FBI Photo B1
Agency: FBI
Incident date: Late 2025
Incident location: Western United States
Page 1
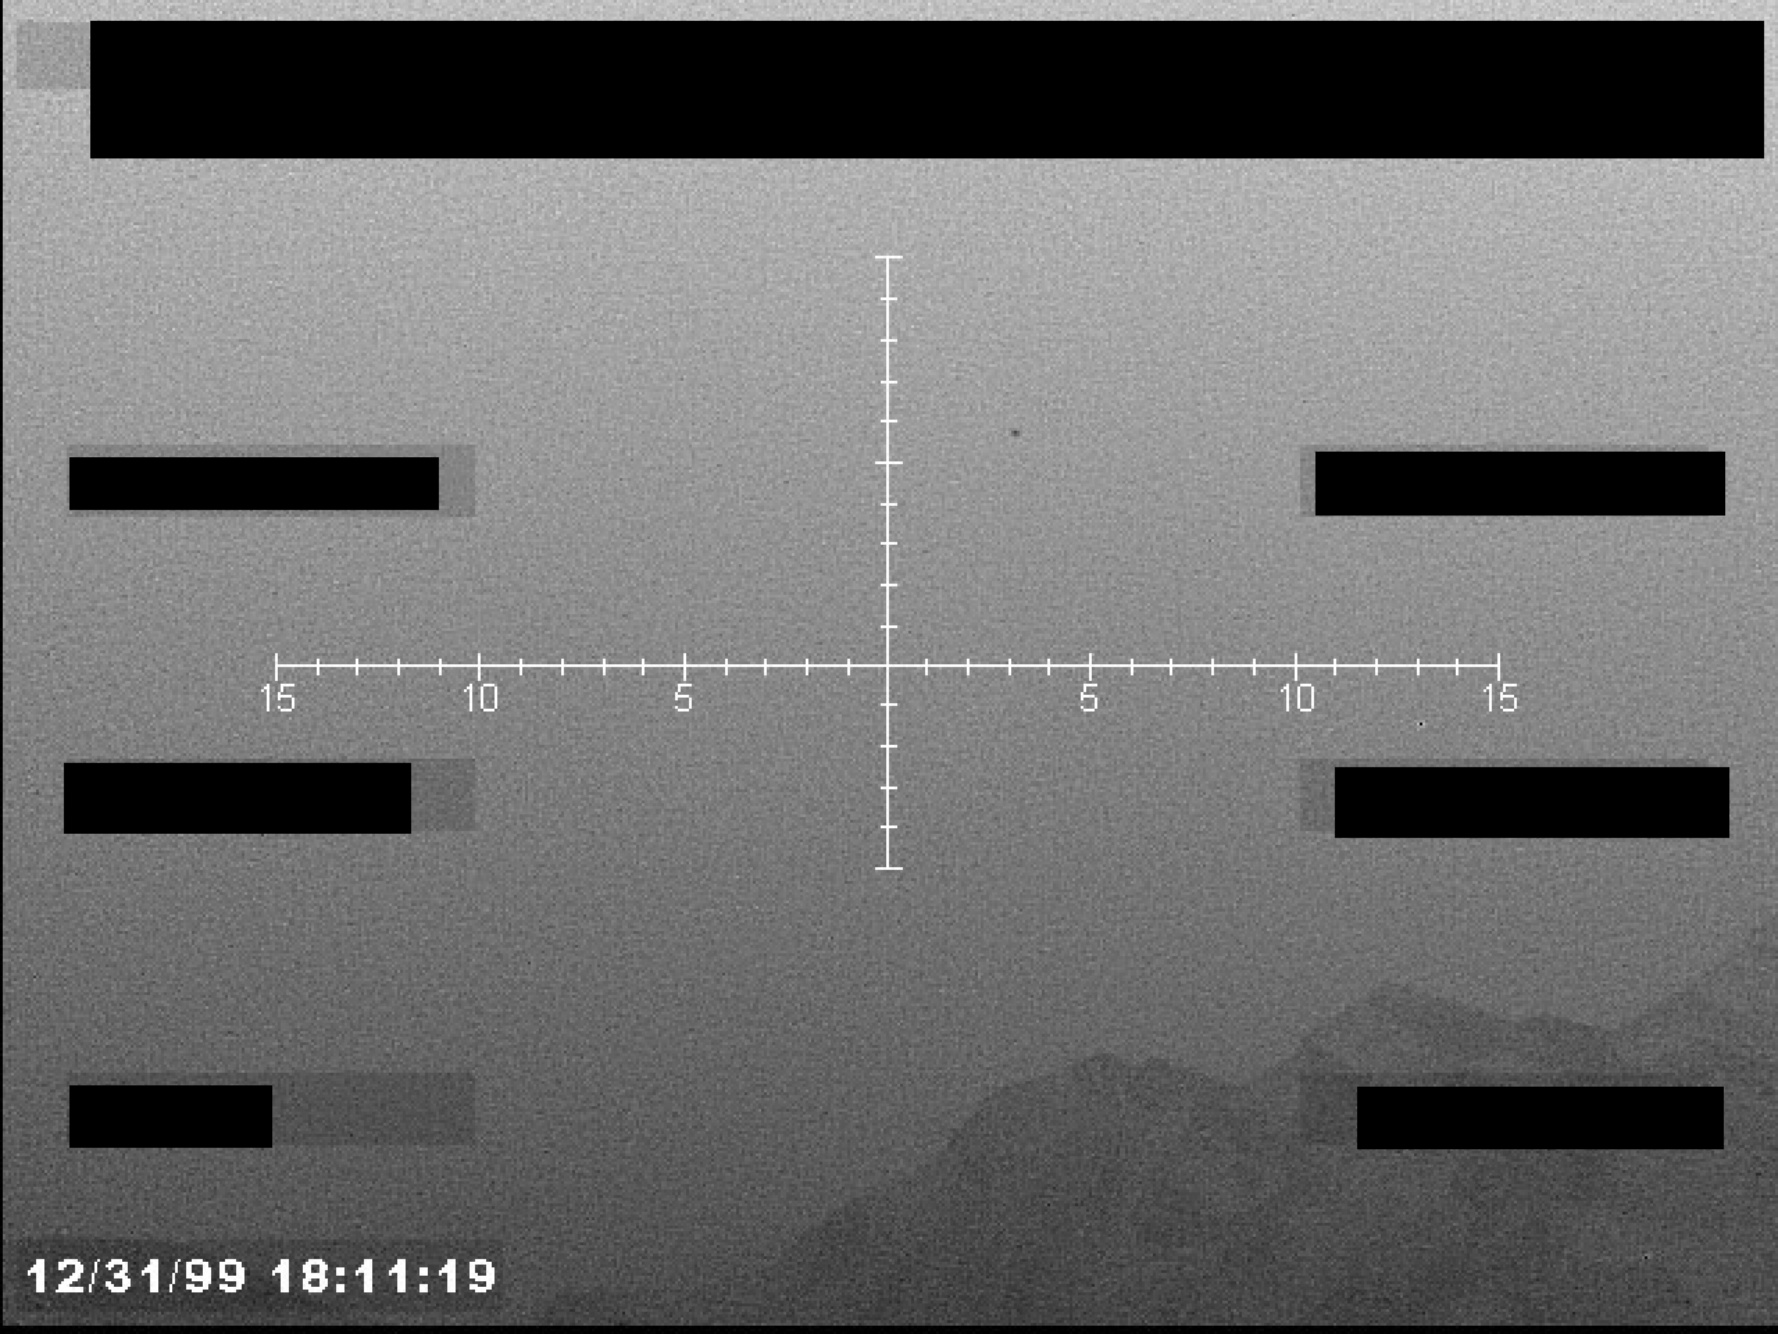